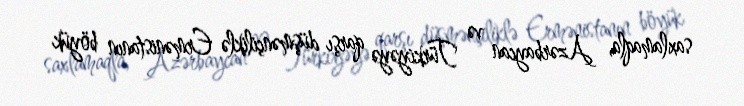
saxlamaqla, Azərbaycan və Türkiyəyə qarşı düşmənçiliklə Ermənistanın böyük